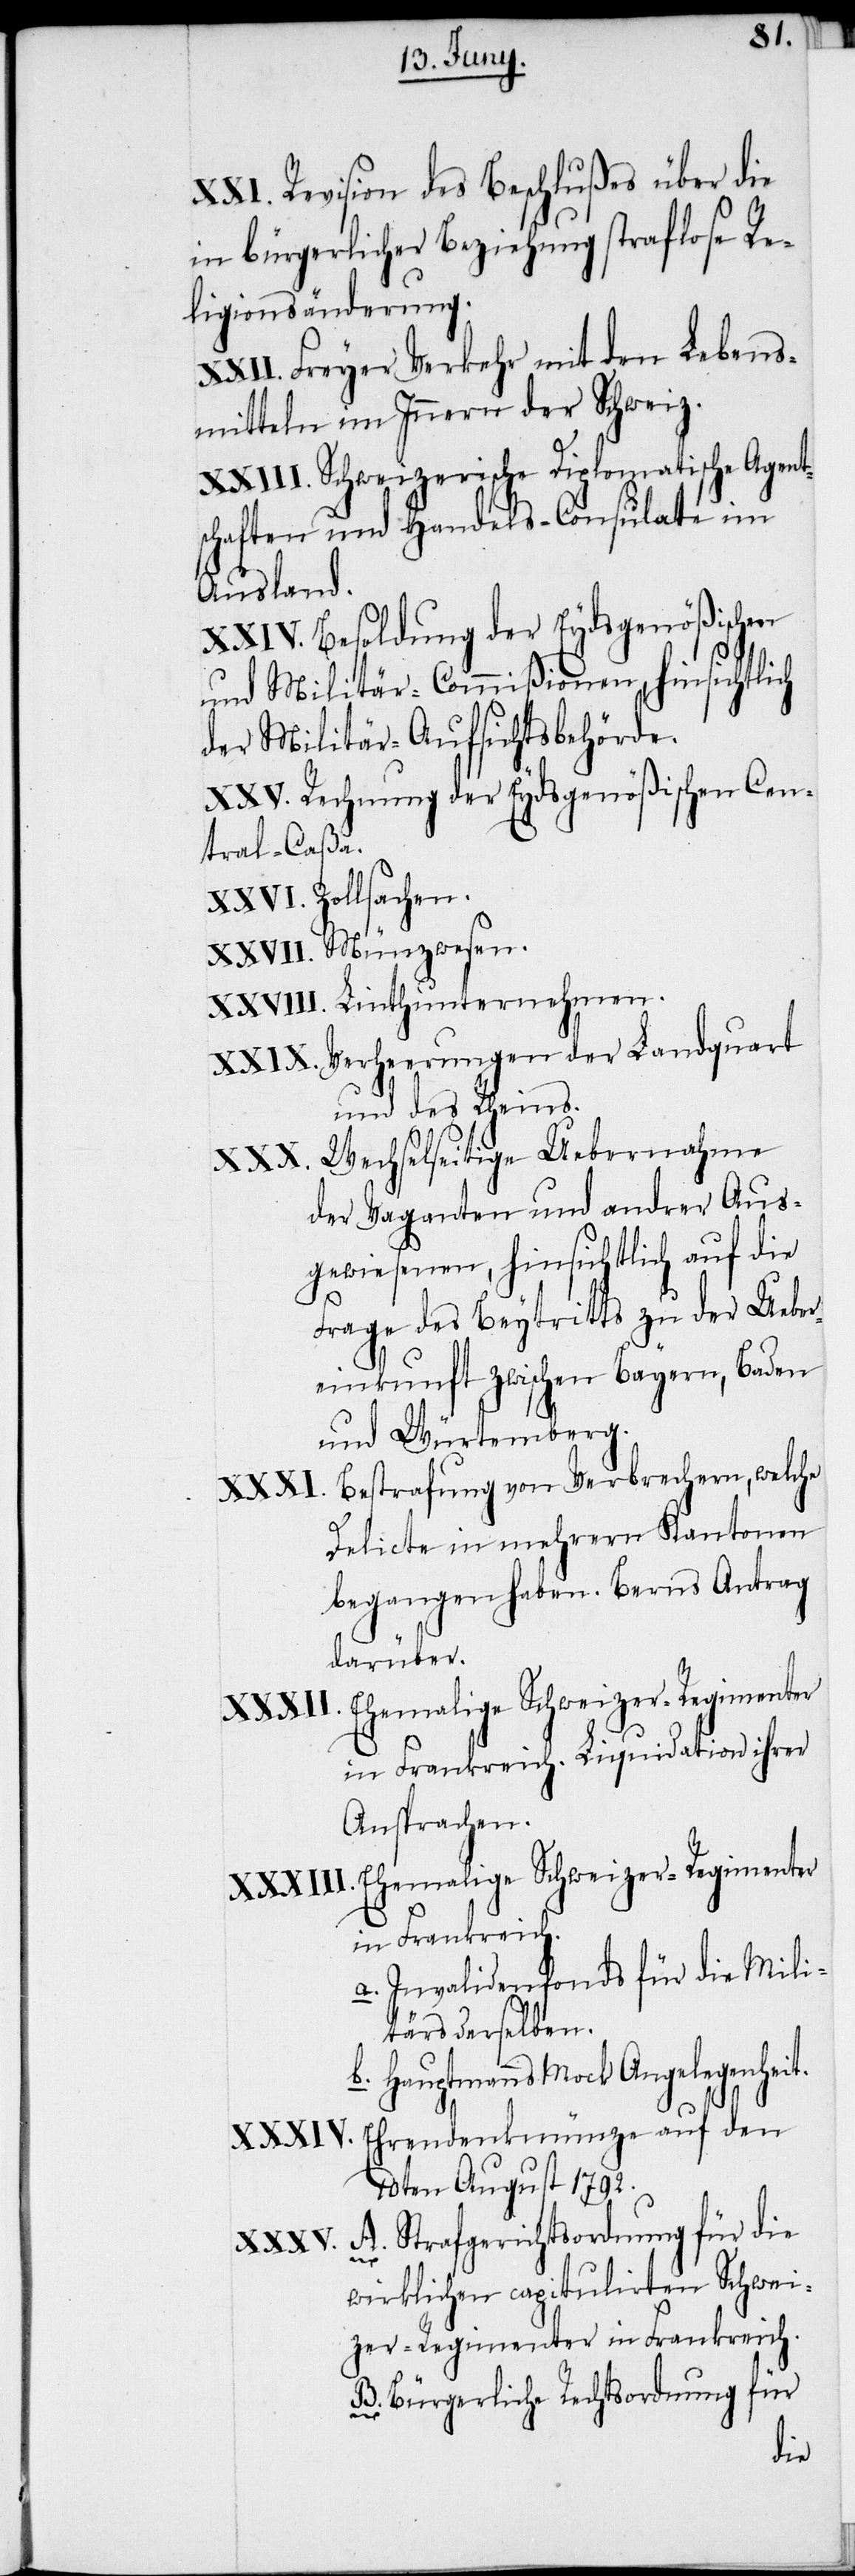
XXI. Revision des Beschlußes über die
in bürgerlicher Beziehung straflose Re¬
ligionsänderung.
XXII. Freyer Verkehr mit den Lebens¬
mitteln im Innern der Schweiz.
XXIII. Schweizerische Diplomatische Agent¬
schaften und Handels-Consulate im
Ausland.
XXIV. Besoldung der Eydsgenößischen
und Militär-Commißionen, hinsichtlich
der Militär-Aufsichtsbehörde.
XXV. Rechnung der Eydsgenößischen Cen¬
tral-Caßa.
XXVI. Zollsachen.
XXVII. Münzwesen.
XXVIII. Linthunternehmen.
XXIX. Verheerungen der Landquart
und des Rheins.
Wechselseitige Uebernahme
der Vaganten und andrer Aus¬
gewiesenen, hinsichtlich auf die
Frage des Beytritts zu der Ueber¬
einkunft zwischen Bayern, Baden
und Würtemberg.
Bestrafung von Verbrechern, welche
Delicte in mehrern Kantonen
begangen haben. Berns Antrag
darüber.
Ehemalige Schweizer-Regimenter
in Frankreich. Liquidation ihrer
Ansprachen.
in Frankreich.
a. Invalidenfonds für die Mili¬
tärs derselben.
b. Hauptmanns Mock Angelegenheit.
Ehrendenkmünze auf den
10ten August 1792.
A. Strafgerichtsordnung für die
wirklichen capitulirten Schwei¬
zer-Regimenter in Frankreich.
B. Bürgerliche Rechtsordnung für